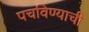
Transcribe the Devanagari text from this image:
पचविण्याची